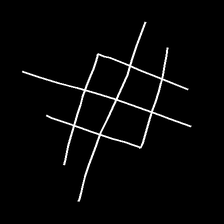
Glyph: crystal